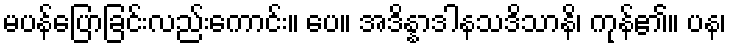
မပန်ပြောခြင်းလည်းကောင်း။ ပေ။ အဒိန္နာဒါနသဒိသာနိ၊ ကုန်၏။ ပန၊